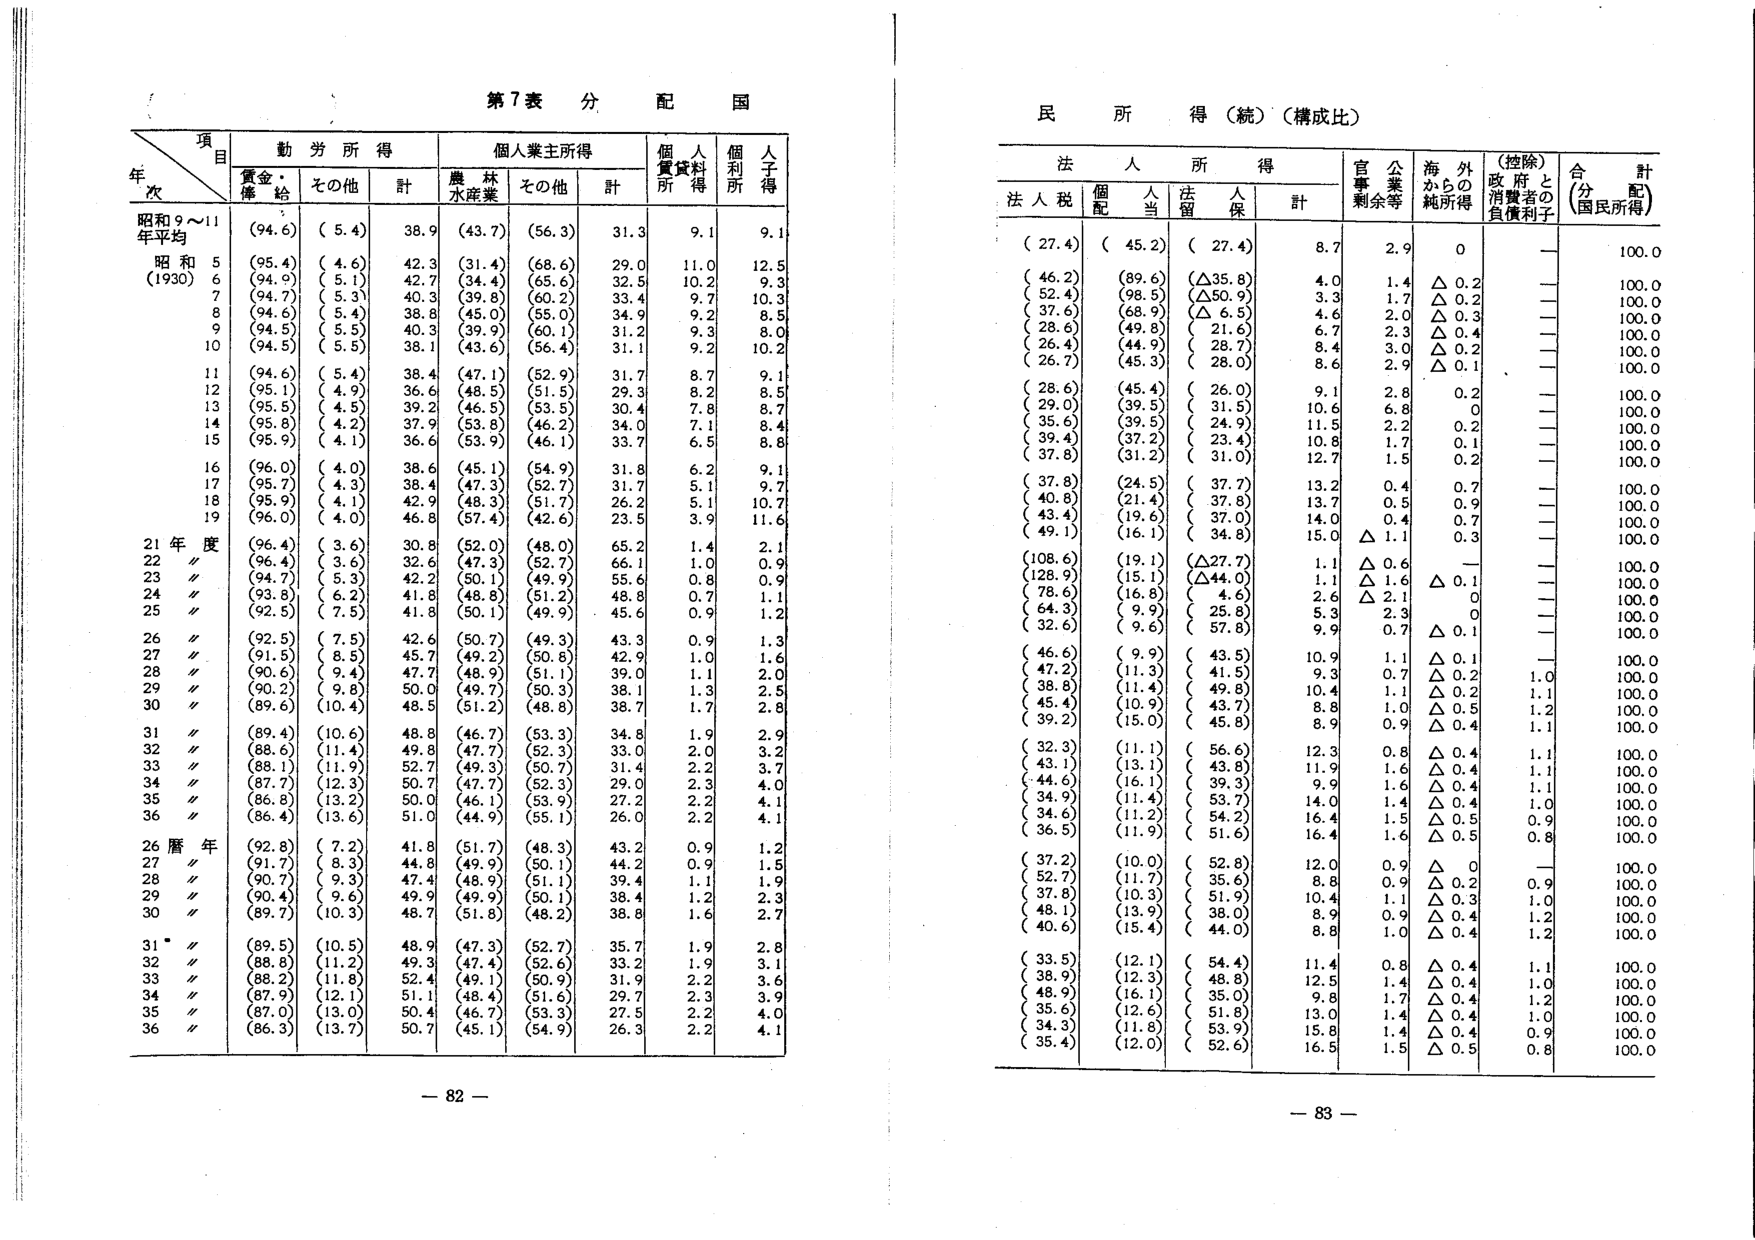
第7表 分配国

年次 項目 勤労所得 個人業主所得 個人賃貸料所得 個人利子所得
　　　　賃金・俸給 その他 計 農林水産業 その他 計

昭和9～11年平均 (94.6) (5.4) 38.9 (43.7) (56.3) 31.3 9.1 9.1
昭和5 (95.4) (4.6) 42.3 (31.4) (68.6) 29.0 11.0 12.5
　6 (94.9) (5.1) 42.7 (34.4) (65.6) 32.5 10.2 9.3
　7 (94.7) (5.3) 40.3 (39.8) (60.2) 33.4 9.7 10.3
　8 (94.6) (5.4) 38.8 (45.0) (55.0) 34.9 9.2 8.5
　9 (94.5) (5.5) 40.3 (39.9) (60.1) 31.2 9.3 8.0
　10 (94.5) (5.5) 38.1 (43.6) (56.4) 31.1 9.2 10.2
　11 (94.6) (5.4) 38.4 (47.1) (52.9) 31.7 8.7 9.1
　12 (95.1) (4.9) 36.6 (48.5) (51.5) 29.3 8.2 8.5
　13 (95.5) (4.5) 39.2 (46.5) (53.5) 30.4 7.8 8.7
　14 (95.8) (4.2) 37.9 (53.8) (46.2) 34.0 7.1 8.4
　15 (95.9) (4.1) 36.6 (53.9) (46.1) 33.7 6.5 8.8
　16 (96.0) (4.0) 38.6 (45.1) (54.9) 31.8 6.2 9.1
　17 (95.7) (4.3) 38.4 (47.3) (52.7) 31.7 5.1 9.7
　18 (95.9) (4.1) 42.9 (48.3) (51.7) 26.2 5.1 10.7
　19 (96.0) (4.0) 46.8 (57.4) (42.6) 23.5 3.9 11.6

21年度 (96.4) (3.6) 30.8 (52.0) (48.0) 65.2 1.4 2.1
22〃 (96.4) (3.6) 32.6 (47.3) (52.7) 66.1 1.0 0.9
23〃 (94.7) (5.3) 42.2 (50.1) (49.9) 55.6 0.8 0.9
24〃 (93.8) (6.2) 41.8 (48.8) (51.2) 48.8 0.7 1.1
25〃 (92.5) (7.5) 41.8 (50.1) (49.9) 45.6 0.9 1.2
26〃 (92.5) (7.5) 42.6 (50.7) (49.3) 43.3 0.9 1.3
27〃 (91.5) (8.5) 45.7 (49.2) (50.8) 42.9 1.0 1.6
28〃 (90.6) (9.4) 47.7 (48.9) (51.1) 39.0 1.1 2.0
29〃 (90.2) (9.8) 50.0 (49.7) (50.3) 38.1 1.3 2.5
30〃 (89.6) (10.4) 48.5 (51.2) (48.8) 38.7 1.7 2.8
31〃 (89.4) (10.6) 48.8 (46.7) (53.3) 34.8 1.9 2.9
32〃 (88.6) (11.4) 49.8 (47.7) (52.3) 33.0 2.0 3.2
33〃 (88.1) (11.9) 52.7 (49.3) (50.7) 31.4 2.2 3.7
34〃 (87.7) (12.3) 50.7 (47.7) (52.3) 29.0 2.3 4.0
35〃 (86.8) (13.2) 50.0 (46.1) (53.9) 27.2 2.2 4.1
36〃 (86.4) (13.6) 51.0 (44.9) (55.1) 26.0 2.2 4.1

26暦年 (92.8) (7.2) 41.8 (51.7) (48.3) 43.2 0.9 1.2
27〃 (91.7) (8.3) 44.8 (49.9) (50.1) 44.2 0.9 1.5
28〃 (90.7) (9.3) 47.4 (48.9) (51.1) 39.4 1.1 1.9
29〃 (90.4) (9.6) 49.9 (49.9) (50.1) 38.4 1.2 2.3
30〃 (89.7) (10.3) 48.7 (51.8) (48.2) 38.8 1.6 2.7
31〃 (89.5) (10.5) 48.9 (47.3) (52.7) 35.7 1.9 2.8
32〃 (88.8) (11.2) 49.3 (47.4) (52.6) 33.2 1.9 3.1
33〃 (88.2) (11.8) 52.4 (49.1) (50.9) 31.9 2.2 3.6
34〃 (87.9) (12.1) 51.1 (48.4) (51.6) 29.7 2.3 3.9
35〃 (87.0) (13.0) 50.4 (46.7) (53.3) 27.5 2.2 4.0
36〃 (86.3) (13.7) 50.7 (45.1) (54.9) 26.3 2.2 4.1

民所得（続）（構成比）

法人所得
　法人税 個人配当 法人留保 計
官公事業
　　残余等 海外からの純所得 （控除）政府と消費者の負債利子 合計（分配）（国民所得）

(27.4) (45.2) (27.4) 8.7 2.9 0 — 100.0
(46.2) (89.6) (△35.8) 4.0 1.4 △0.2 — 100.0
(52.4) (98.5) (△50.9) 3.3 1.7 △0.2 — 100.0
(37.6) (68.9) (△6.5) 4.6 2.0 △0.3 — 100.0
(28.6) (49.8) (21.6) 6.7 2.3 △0.4 — 100.0
(26.4) (44.9) (28.7) 8.4 3.0 △0.2 — 100.0
(26.7) (45.3) (28.0) 8.6 2.9 △0.1 — 100.0
(28.6) (45.4) (26.0) 9.1 2.8 0.2 — 100.0
(29.0) (39.5) (31.5) 10.6 6.8 0 — 100.0
(35.6) (39.5) (24.9) 11.5 2.2 0.2 — 100.0
(39.4) (37.2) (23.4) 10.8 1.7 0.1 — 100.0
(37.8) (31.2) (31.0) 12.7 1.5 0.2 — 100.0
(37.8) (24.5) (37.7) 13.2 0.4 0.7 — 100.0
(40.8) (21.4) (37.8) 13.7 0.5 0.9 — 100.0
(43.4) (19.6) (37.0) 14.0 0.4 0.7 — 100.0
(49.1) (16.1) (34.8) 15.0 △1.1 0.3 — 100.0
(108.6) (19.1) (△27.7) 1.1 △0.6 — — 100.0
(128.9) (15.1) (△44.0) 1.1 △1.6 △0.1 — 100.0
(78.6) (16.8) (4.6) 2.6 △2.1 0 — 100.0
(64.3) (9.9) (25.8) 5.3 2.3 0 — 100.0
(32.6) (9.6) (57.8) 9.9 0.7 △0.1 — 100.0
(46.6) (9.9) (43.5) 10.9 1.1 △0.1 — 100.0
(47.2) (11.3) (41.5) 9.3 0.7 △0.2 1.0 100.0
(38.8) (11.4) (49.8) 10.4 1.1 △0.2 1.1 100.0
(45.4) (10.9) (43.7) 8.8 1.0 △0.5 1.2 100.0
(39.2) (15.0) (45.8) 8.9 0.9 △0.4 1.1 100.0
(32.3) (11.1) (56.6) 12.3 0.8 △0.4 1.1 100.0
(43.1) (13.1) (43.8) 11.9 1.6 △0.4 1.1 100.0
(44.6) (16.1) (39.3) 9.9 1.6 △0.4 1.1 100.0
(34.9) (11.4) (53.7) 14.0 1.4 △0.4 1.0 100.0
(34.6) (11.2) (54.2) 16.4 1.5 △0.5 0.9 100.0
(36.5) (11.9) (51.6) 16.4 1.6 △0.5 0.8 100.0
(37.2) (10.0) (52.8) 12.0 0.9 △0  — 100.0
(52.7) (11.7) (35.6) 8.8 0.9 △0.2 0.9 100.0
(37.8) (10.3) (51.9) 10.4 1.1 △0.3 1.0 100.0
(48.1) (13.9) (38.0) 8.9 0.9 △0.4 1.2 100.0
(40.6) (15.4) (44.0) 8.8 1.0 △0.4 1.2 100.0
(33.5) (12.1) (54.4) 11.4 0.8 △0.4 1.1 100.0
(38.9) (12.3) (48.8) 12.5 1.4 △0.4 1.0 100.0
(48.9) (16.1) (35.0) 9.8 1.7 △0.4 1.2 100.0
(35.6) (12.6) (51.8) 13.0 1.4 △0.4 1.0 100.0
(34.3) (11.8) (53.9) 15.8 1.4 △0.4 0.9 100.0
(35.4) (12.0) (52.6) 16.5 1.5 △0.5 0.8 100.0

- 82 -
- 83 -